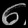
Digit: ၈